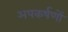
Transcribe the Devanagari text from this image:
अपकर्षणों